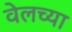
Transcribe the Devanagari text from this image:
वेलच्या